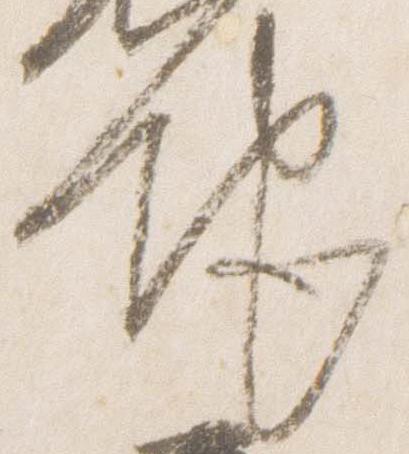
地